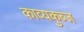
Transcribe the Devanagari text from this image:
काव्यकुब्ज